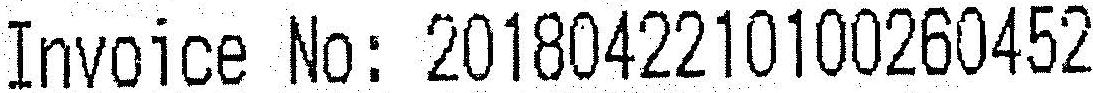
INVOICE NO: 2018042210100260452